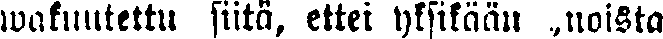
wakuutettu siitä, ettei yksikään „noista